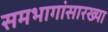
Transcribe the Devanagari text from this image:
समभागांसारख्या